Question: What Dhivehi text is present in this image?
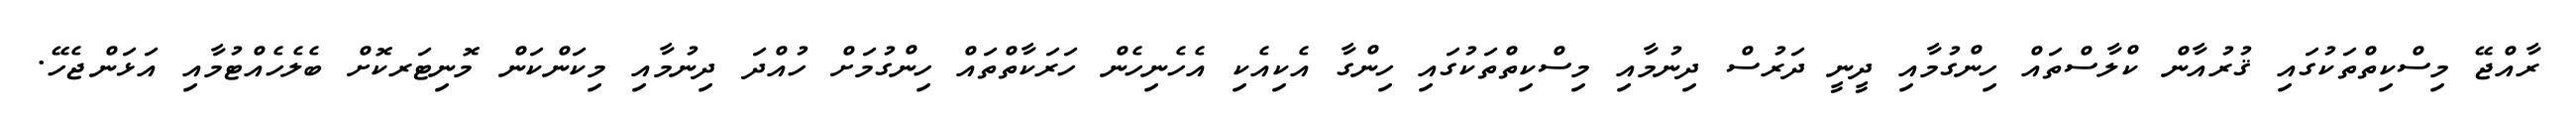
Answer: ރާއްޖޭ މިސްކިތްތަކުގައި ޤުރުއާން ކްލާސްތައް ހިންގުމާއި ދީނީ ދަރުސް ދިނުމާއި މިސްކިތްތަކުގައި ހިންގާ އެކިއެކި އެހެނިހެން ހަރަކާތްތައް ހިންގުމަށް ހުއްދަ ދިނުމާއި މިކަންކަން މޮނިޓަރކޮށް ބެލެހެއްޓުމާއި އަޅަންޖެހޭ.